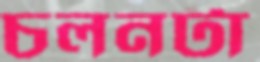
চলনটা